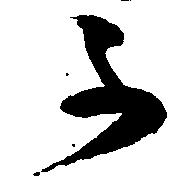
不